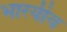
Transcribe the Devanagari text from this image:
भारयीय